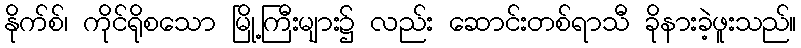
နိုက်စ်၊ ကိုင်ရိုစသော မြို့ကြီးများ၌ လည်း ဆောင်းတစ်ရာသီ ခိုနားခဲ့ဖူးသည်။